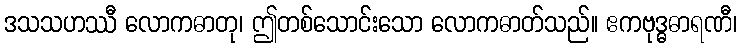
ဒသသဟဿီ လောကဓာတု၊ ဤတစ်သောင်းသော လောကဓာတ်သည်။ ဧကဗုဒ္ဓဓာရဏီ၊